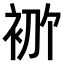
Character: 𫋶